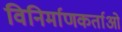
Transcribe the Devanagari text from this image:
विनिर्माणकर्ताओं